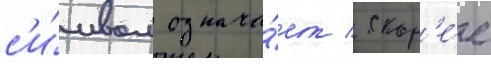
с'и́мвол означа́ет / скор'е́е